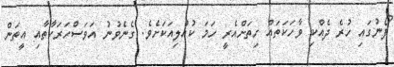
ފޯނުގައި ހުރެ ދެއްކި ވާހަކަތައް ހިތަށްއެރީ ހަމަ ކުއްލިއަކަށެވެ. ގެނެވުނު އަވަސްހަރަކާތާއި އީތަން